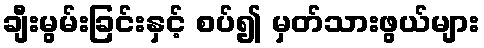
ချီးမွမ်းခြင်းနှင့် စပ်၍ မှတ်သားဖွယ်များ